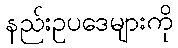
နည်းဥပဒေများကို